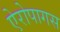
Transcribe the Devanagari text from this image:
ऐरोपागस